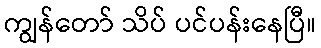
ကျွန်တော် သိပ် ပင်ပန်းနေပြီ။